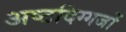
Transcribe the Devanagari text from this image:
अष्टदिग्गजों